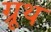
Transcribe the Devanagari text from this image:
ग्रूथ